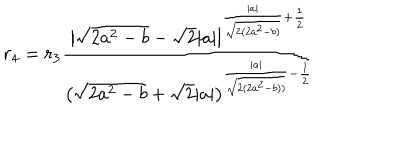
LaTeX: r _ { 4 } = r _ { 3 } \frac { \big | \sqrt { 2 a ^ { 2 } - b } - \sqrt { 2 } | a | \big | ^ { \frac { | a | } { \sqrt { 2 ( 2 a ^ { 2 } - b ) } } + \frac { 1 } { 2 } } } { \big ( \sqrt { 2 a ^ { 2 } - b } + \sqrt { 2 } | a | \big ) ^ { \frac { | a | } { \sqrt { 2 ( 2 a ^ { 2 } - b ) ) } } - \frac { 1 } { 2 } } }